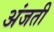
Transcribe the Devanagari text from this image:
अंजती